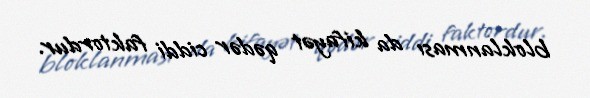
bloklanması da kifayət qədər ciddi faktordur.